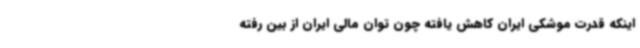
اینکه قدرت موشکی ایران کاهش یافته چون توان مالی ایران از بین رفته